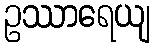
ဥဿာရေယျ